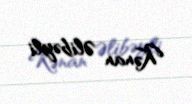
Kənan Əlibəyli